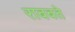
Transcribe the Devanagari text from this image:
राबबते